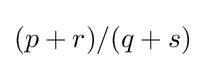
(p+r)/(q+s)